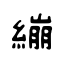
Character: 繃